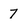
Character: 7